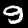
Digit: 9